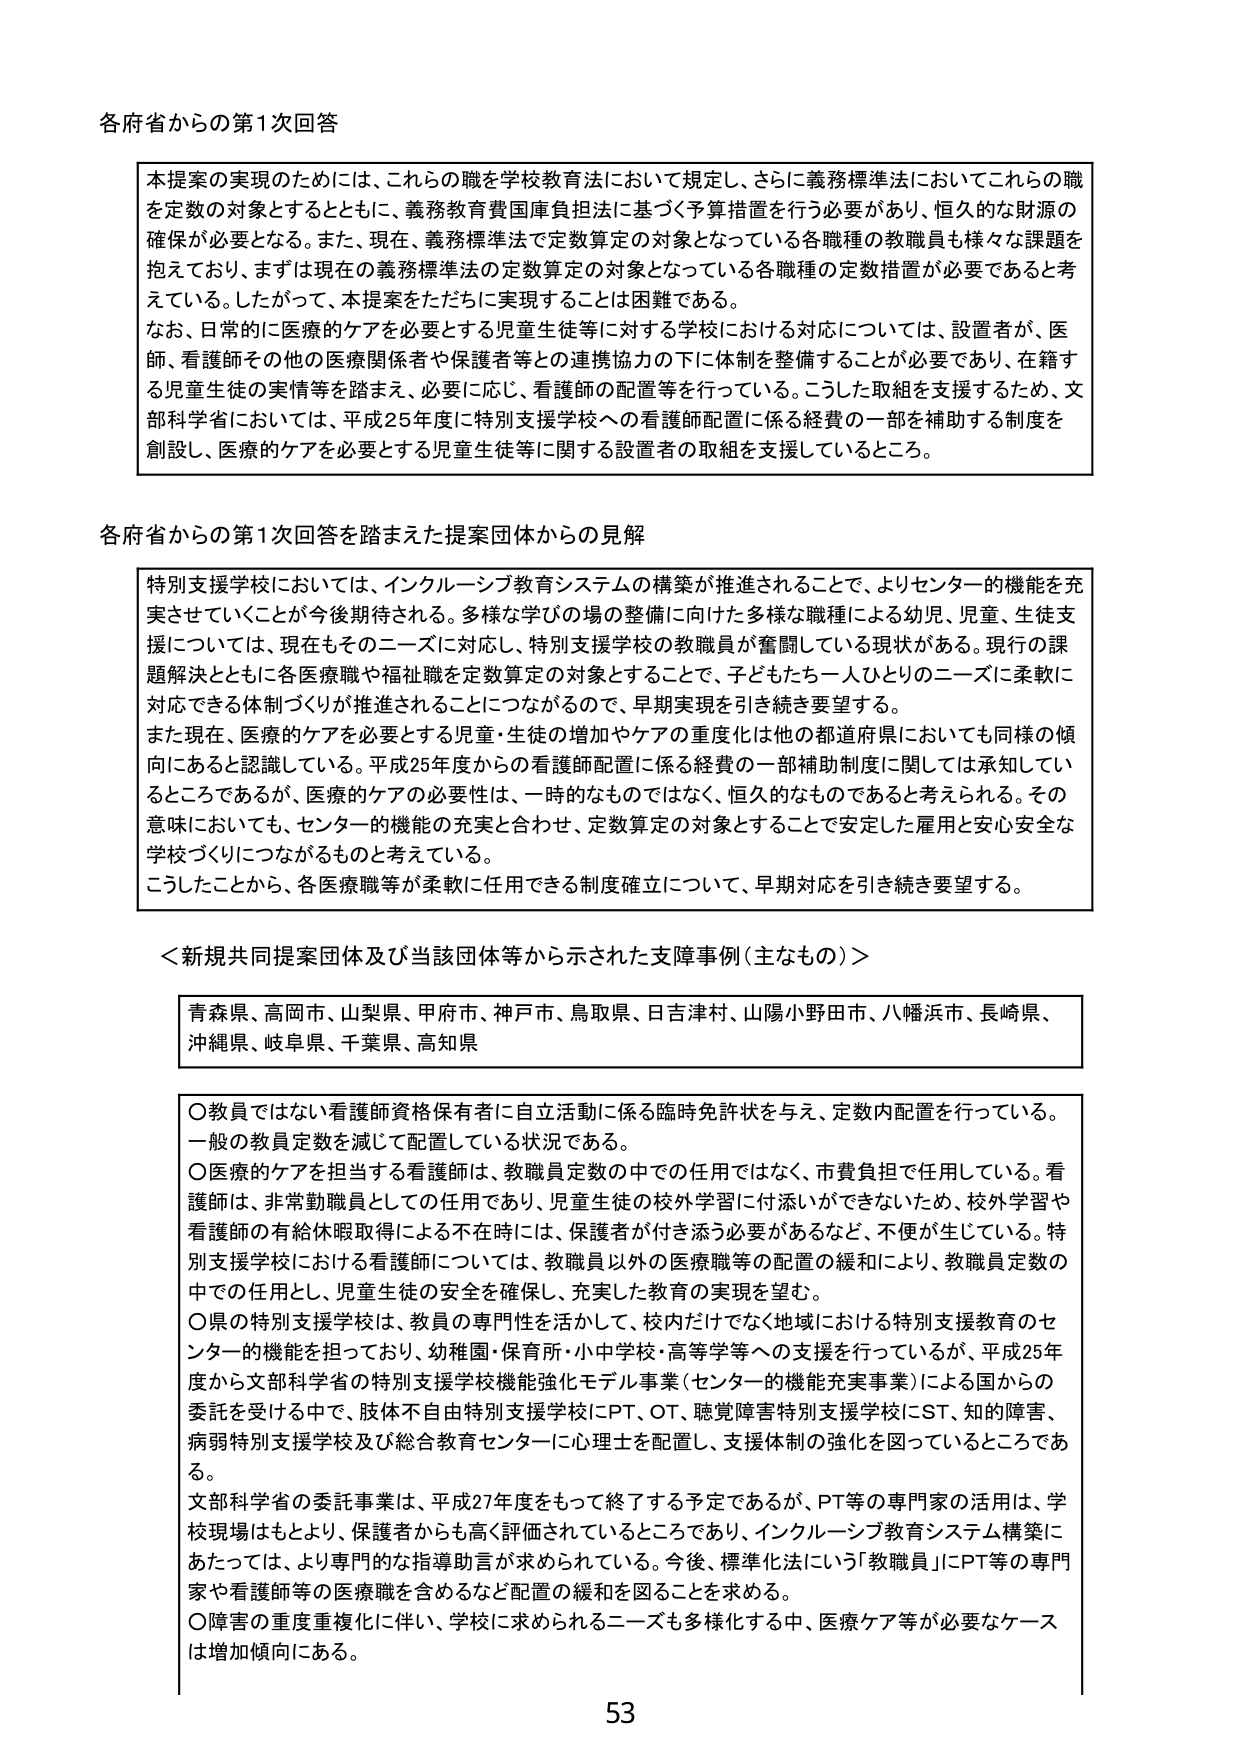
各府省からの第1次回答

本提案の実現のためには、これらの職を学校教育法において規定し、さらに義務標準法においてこれらの職を定数の対象とするとともに、義務教育費国庫負担法に基づく予算措置を行う必要があり、恒久的な財源の確保が必要となる。また、現在、義務標準法で定数算定の対象となっている各職種の教職員も様々な課題を抱えており、まずは現在の義務標準法の定数算定の対象となっている各職種の定数措置が必要であると考えている。したがって、本提案をただちに実現することは困難である。

なお、日常的に医療的ケアを必要とする児童生徒等に対する学校における対応については、設置者が、医師、看護師その他の医療関係者や保護者等との連携協力の下に体制を整備することが必要であり、在籍する児童生徒の実情等を踏まえ、必要に応じ、看護師の配置等を行っている。こうした取組を支援するため、文部科学省においては、平成25年度に特別支援学校への看護師配置に係る経費の一部を補助する制度を創設し、医療的ケアを必要とする児童生徒等に関する設置者の取組を支援しているところ。

各府省からの第1次回答を踏まえた提案団体からの見解

特別支援学校においては、インクルーシブ教育システムの構築が推進されることで、よりセンター的機能を充実させていくことが今後期待される。多様な学びの場の整備に向けた多様な職種による幼児、児童、生徒支援については、現在もそのニーズに対応し、特別支援学校の教職員が奮闘している現状がある。現行の課題解決とともに各医療職や福祉職を定数算定の対象とすることで、子どもたち一人ひとりのニーズに柔軟に対応できる体制づくりが推進されることにつながるので、早期実現を引き続き要望する。

また現在、医療的ケアを必要とする児童・生徒の増加やケアの重度化は他の都道府県においても同様の傾向にあると認識している。平成25年度から、看護師配置に係る経費の一部補助制度に関しては承知しているところであるが、医療的ケアの必要性は、一時的なものではなく、恒久的なものであると考えられる。その意味においても、センター的機能の充実と合わせ、定数算定の対象とすることで安定した雇用と安心安全な学校づくりにつながるものと考えている。

こうしたことから、各医療職等が柔軟に任用できる制度確立について、早期対応を引き続き要望する。

＜新規共同提案団体及び当該団体等から示された支障事例（主なもの）＞

青森県、高岡市、山梨県、甲府市、神戸市、鳥取県、日吉津村、山陽小野田市、八幡浜市、長崎県、沖縄県、岐阜県、千葉県、高知県

○教員ではない看護師資格保有者に自立活動に係る臨時免許状を与え、定数内配置を行っている。一般の教員定数を減じて配置している状況である。

○医療的ケアを担当する看護師は、教職員定数の中での任用ではなく、市費負担で任用している。看護師は、非常勤職員としての任用であり、児童生徒の校外学習に付添いができないため、校外学習や看護師の有給休暇取得による不在時には、保護者が付き添う必要があるなど、不便が生じている。特別支援学校における看護師については、教職員以外の医療職等の配置の緩和により、教職員定数の中での任用とし、児童生徒の安全を確保し、充実した教育の実現を望む。

○県の特別支援学校は、教員の専門性を活かして、校内だけでなく地域における特別支援教育のセンター的機能を担っており、幼稚園・保育所・小中学校・高等学校等への支援を行っているが、平成25年度から文部科学省の特別支援学校機能強化モデル事業（センター的機能充実事業）による国からの委託を受ける中で、肢体不自由特別支援学校にPT、OT、聴覚障害特別支援学校にST、知的障害、病弱特別支援学校及び総合教育センターに心理士を配置し、支援体制の強化を図っているところである。

文部科学省の委託事業は、平成27年度をもって終了する予定であるが、PT等の専門家の活用は、学校現場はもとより、保護者からも高く評価されているところであり、インクルーシブ教育システム構築にあたっては、より専門的な指導助言が求められている。今後、標準化法にいう「教職員」にPT等の専門家や看護師等の医療職を含めるなど配置の緩和を図ることを求める。

○障害の重度重複化に伴い、学校に求められるニーズも多様化する中、医療ケア等が必要なケースは増加傾向にある。

53